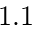
1 . 1